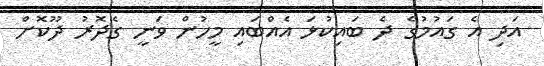
އަދި އެ ގައުމުގެ ދެ ބައިކުޅަ އެއްބައި މީހުން ވަނީ ގެދޮރު ދޫކޮށް